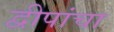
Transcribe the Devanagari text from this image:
द्वीपांचा